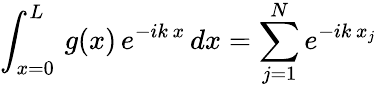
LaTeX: \int_{x=0}^{L}\, g(x)\, e^{-ik\, x}\, dx=\sum_{j=1}^{N}e^{-ik\, x_{j}}